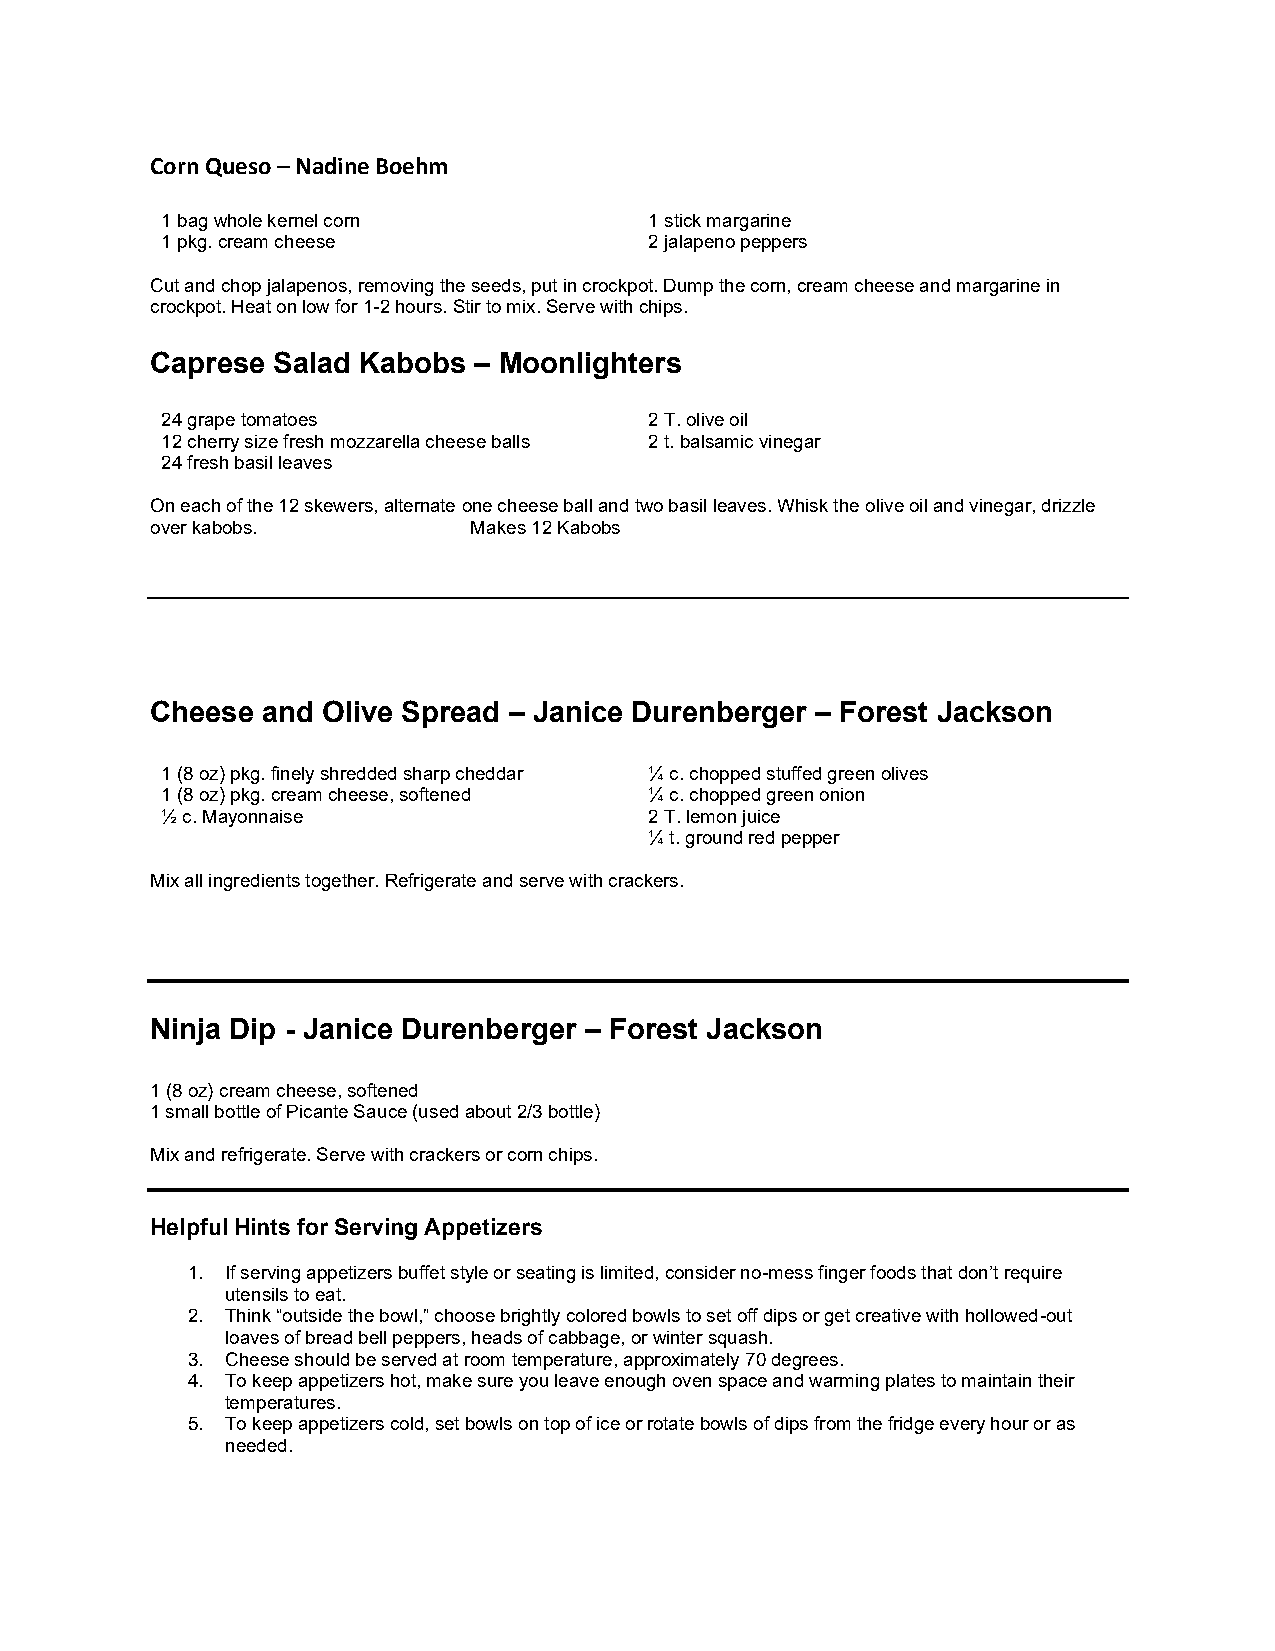
Corn Queso – Nadine Boehm
 1 bag whole kernel corn         1 stick margarine
 1 pkg. cream cheese             2 jalapeno peppers
 Cut and chop jalapenos, removing the seeds, put in crockpot. Dump the corn, cream cheese and margarine in
 crockpot. Heat on low for 1-2 hours. Stir to mix. Serve with chips.
 Caprese Salad Kabobs – Moonlighters
 24 grape tomatoes               2 T. olive oil
 12 cherry size fresh mozzarella cheese balls 2 t. balsamic vinegar
 24 fresh basil leaves
 On each of the 12 skewers, alternate one cheese ball and two basil leaves. Whisk the olive oil and vinegar, drizzle
 over kabobs.         Makes 12 Kabobs
 Cheese and Olive Spread – Janice Durenberger – Forest Jackson
 1 (8 oz) pkg. finely shredded sharp cheddar ¼ c. chopped stuffed green olives
 1 (8 oz) pkg. cream cheese, softened ¼ c. chopped green onion
 ½ c. Mayonnaise                 2 T. lemon juice
 ¼ t. ground red pepper
 Mix all ingredients together. Refrigerate and serve with crackers.
 Ninja Dip - Janice Durenberger – Forest Jackson
 1 (8 oz) cream cheese, softened
 1 small bottle of Picante Sauce (used about 2/3 bottle)
 Mix and refrigerate. Serve with crackers or corn chips.
 Helpful Hints for Serving Appetizers
 1. If serving appetizers buffet style or seating is limited, consider no-mess finger foods that don’t require
 utensils to eat.
 2. Think “outside the bowl,” choose brightly colored bowls to set off dips or get creative with hollowed-out
 loaves of bread bell peppers, heads of cabbage, or winter squash.
 3. Cheese should be served at room temperature, approximately 70 degrees.
 4. To keep appetizers hot, make sure you leave enough oven space and warming plates to maintain their
 temperatures.
 5. To keep appetizers cold, set bowls on top of ice or rotate bowls of dips from the fridge every hour or as
 needed.